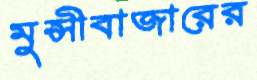
মুন্সীবাজারের